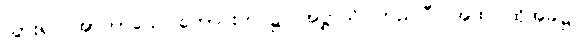
သွား၍။ အာကာသေ၊ ကောင်းကင်၌။ အဋ္ဌာသိ၊ တည်ပြီ။ အထ၊ ထိုအခါ၌။